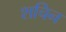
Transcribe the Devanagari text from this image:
शचिन